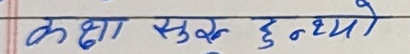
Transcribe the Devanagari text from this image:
कक्षा सुरु हुन्थ्यो